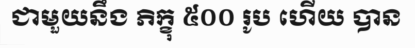
ជាមួយនឹង ភិក្ខុ ៥០០ រូប ហើយ បាន